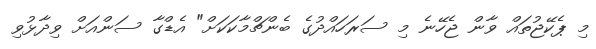
މި ޕެކޭޖުތައް ވާން ޖެހޭނެ މި ސަރަހައްދުގެ ބެންޗްމާކަކަށް" އެޑްގާ ސަންއަށް ވިދާޅުވި